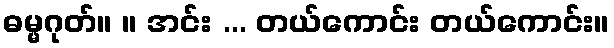
ဓမ္မဂုတ်။ ။ အင်း ... တယ်ကောင်း တယ်ကောင်း။